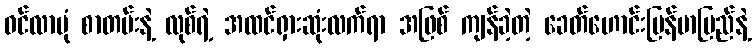
ဝင်လာပုံ စာတမ်းနဲ့ လုစ်ရဲ့ အထင်ရှားဆုံးလက်ရာ အဖြစ် ကျန်ခဲ့တဲ့ ခေတ်ဟောင်းမြန်မာပြည်နဲ့